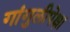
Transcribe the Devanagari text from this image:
गांगुलीपेक्षा